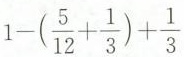
$$1 - ( \frac { 5 } { 1 2 } + \frac { 1 } { 3 } ) + \frac { 1 } { 3 }$$